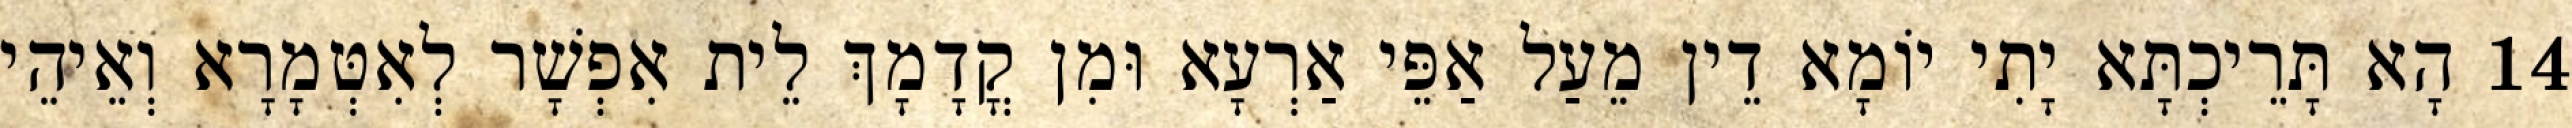
14 הָא תָּרֵיכְתָּא יָתִי יוֹמָא דֵין מֵעַל אַפֵּי אַרְעָא וּמִן קֳדָמָךְ לֵית אִפְשָׁר לְאִטְּמָרָא וְאֵיהֵי